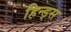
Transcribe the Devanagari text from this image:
हिन्ड्स